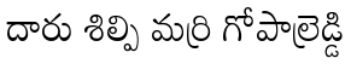
దారు శిల్పి మర్రి గోపాల్రెడ్డి